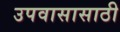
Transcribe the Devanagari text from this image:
उपवासासाठी